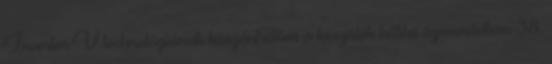
Inverter V technológiának köszönhetően a készülék hűtési üzemmódban 38,